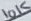
Text: 10K